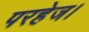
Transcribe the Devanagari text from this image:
परहेज।